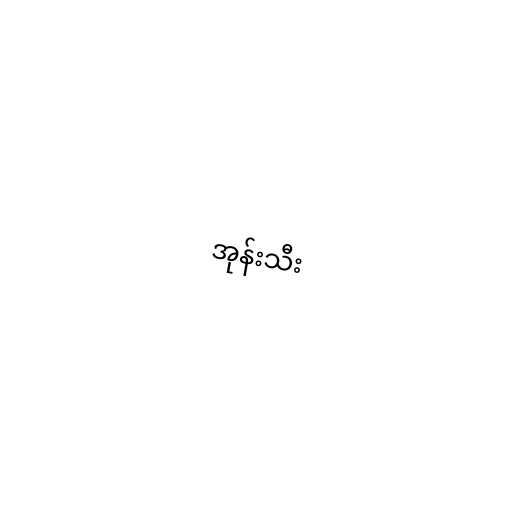
အုန်းသီး